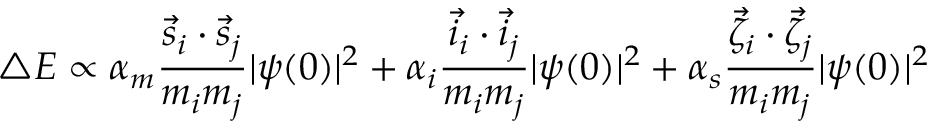
\triangle E \propto \alpha _ { m } \frac { \vec { s } _ { i } \cdot \vec { s } _ { j } } { m _ { i } m _ { j } } | \psi ( 0 ) | ^ { 2 } + \alpha _ { i } \frac { \vec { i } _ { i } \cdot \vec { i } _ { j } } { m _ { i } m _ { j } } | \psi ( 0 ) | ^ { 2 } + \alpha _ { s } \frac { \vec { \zeta } _ { i } \cdot \vec { \zeta } _ { j } } { m _ { i } m _ { j } } | \psi ( 0 ) | ^ { 2 }